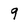
Character: 9